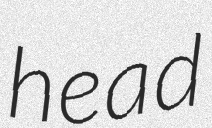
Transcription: head